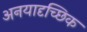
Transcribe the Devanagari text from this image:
अनयादृच्छिक